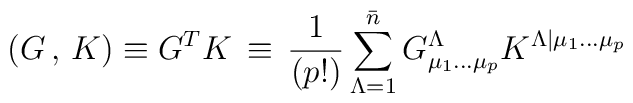
\left (G \, , \, K \right ) \equiv G^T K \, \equiv \, {{1}\over{(p!)}}\sum_{\Lambda=1}^{\bar n} G^{\Lambda}_{\mu_1\dots\mu_p} K^{\Lambda\vert \mu_1\dots\mu_p }